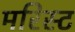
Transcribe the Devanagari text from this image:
मरिस्ट